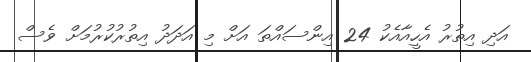
އަދި އިތުރު އެހީއާއެކު 24 އިންސައްތަ އަށް މި އަދަދު އިތުރުކުރުމަށް ވެސް